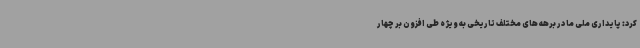
کرد: پایداری ملی ما در برهه های مختلف تاریخی به ویژه طی افزون بر چهار